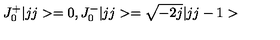
J _ { 0 } ^ { + } | j j > = 0 , J _ { 0 } ^ { - } | j j > = \sqrt { - 2 j } | j j - 1 >